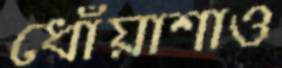
ধোঁয়াশাও